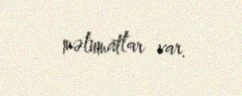
məlumatlar var.